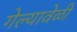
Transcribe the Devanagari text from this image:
गेल्यावेळीं